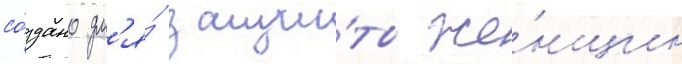
со́здано дл'я́ защи́ты же́нщин